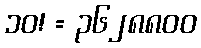
၁၀! = ၃၆၂၈၈၀၀